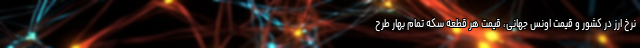
نرخ ارز در کشور و قیمت اونس جهانی، قیمت هر قطعه سکه تمام بهار طرح